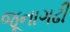
જૂનાગઢી